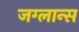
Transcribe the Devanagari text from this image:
जग्लान्स